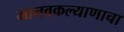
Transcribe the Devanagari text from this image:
मानवकल्याणाचा